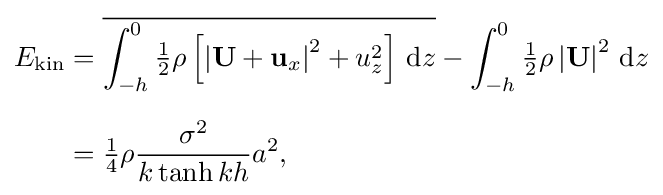
{\begin{aligned}E_{\text{kin}}&={\overline {\int _{-h}^{0}{\tfrac {1}{2}}\rho \left[\left|\mathbf {U} +\mathbf {u} _{x}\right|^{2}+u_{z}^{2}\right]\,\mathrm {d} z}}-\int _{-h}^{0}{\tfrac {1}{2}}\rho \left|\mathbf {U} \right|^{2}\,\mathrm {d} z\\[6px]&={\tfrac {1}{4}}\rho {\frac {\sigma ^{2}}{k\tanh kh}}a^{2},\end{aligned}}